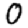
Digit: 0